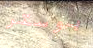
بوستر